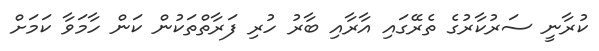
ކުރާނީ ސަރުކާރުގެ ތެރޭގައި އާރާއި ބާރު ހުރި ފަރާތްތަކުން ކަން ހާމަވާ ކަމަށް